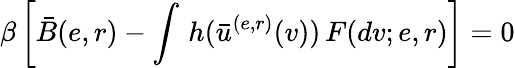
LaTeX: \beta\left[\bar{B}(e,r)-\int\, h(\bar{u}^{(e,r)}(v))\, F(dv;e,r)\right]=0